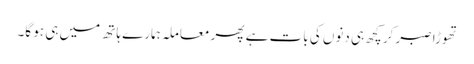
تھوڑا صبر کر کچھ ہی دنوں کی بات ہے پھر معاملہ ہمارے ہاتھ میں ہی ہو گا۔